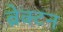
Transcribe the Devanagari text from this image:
ब्रेक्टन